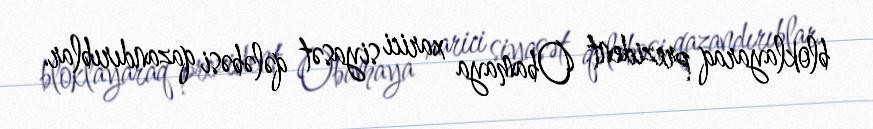
bloklayaraq prezident Obamaya xarici siyasət qələbəsi qazandırıblar.